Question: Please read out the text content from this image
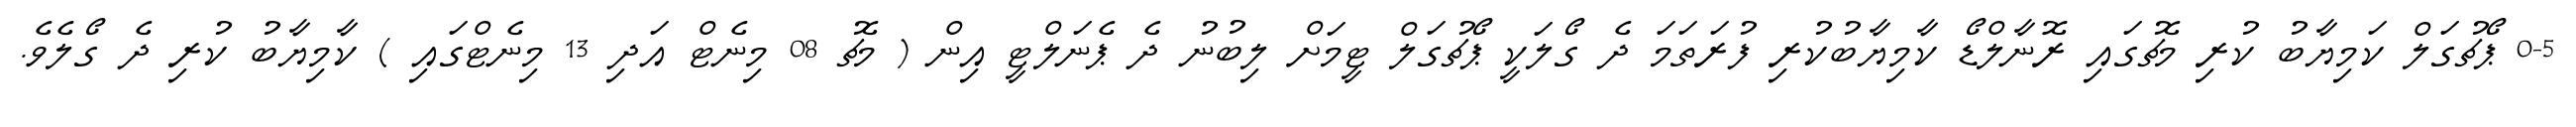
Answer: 0-5 ޕޯޗުގަލް ކަމިޔާބު ކުރި މެޗުގައި ރޮނާލްޑޯ ކާމިޔާބުކުރި ފުރަތަމަ ދެ ގޯލަކީ ޕޯޗުގަލް ޓީމަށް ލިބުނު ދެ ޕެނަލްޓީ އިން ( މެޗު 08 މިނެޓް އަދި 13 މިނެޓްގައި ) ކާމިޔާބު ކުރި ދެ ގޯލެވެ.